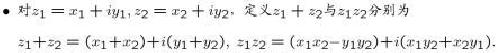
- 对$z_1 = x_1 + iy_1, z_2 = x_2 + iy_2$，定义$z_1 + z_2$与$z_1z_2$分别为
$z_1 + z_2 = (x_1 + x_2)+i(y_1 + y_2)$，$z_1z_2 = (x_1x_2 - y_1y_2)+i(x_1y_2 + x_2y_1)$。